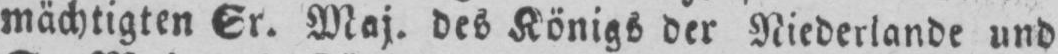
mächtigten Sr. Maj. des Königs der Niederlande und